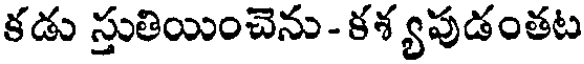
కడు స్తుతియించెను- కశ్యపుడంతట